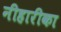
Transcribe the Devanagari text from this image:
नीहारीका